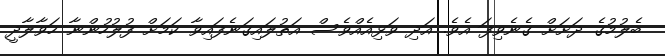
ބެލުމުގެ ދަށަށް ގެނެވިފަ އެވެ. އަދި ވަޅިއެއްވެސް އަތުލައިގަނެފައިވާ ކަމަށް ފުލުހުންނާ ހަވާލާދީ